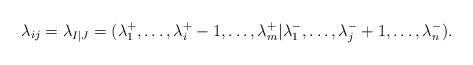
LaTeX: \begin{align*}\lambda_{ij}=\lambda_{I|J}=(\lambda^+_1, \ldots, \lambda^+_i-1, \ldots, \lambda^+_m|\lambda^-_1, \ldots, \lambda^-_j+1, \ldots, \lambda^-_n).\end{align*}